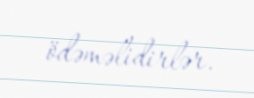
ödəməlidirlər.